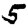
Digit: 5